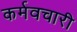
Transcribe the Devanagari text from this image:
कर्मवचारी